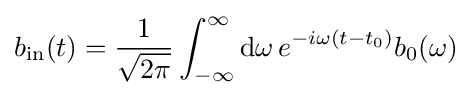
b_{\mathrm {in} }(t)={\frac {1}{\sqrt {2\pi }}}\int _{-\infty }^{\infty }\mathrm {d} \omega \,e^{-i\omega (t-t_{0})}b_{0}(\omega )